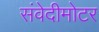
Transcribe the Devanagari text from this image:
संवेदीमोटर